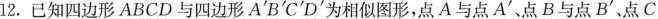
l2.已知四边形ABCD与四边形A^ { \prime }B^ { \prime }C^ { \prime }D^ { \prime }为相似图形，点A与点A^ { \prime }点B与点B^ { \prime }，点C